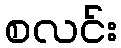
စလင်း